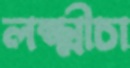
লক্ষ্মীচা